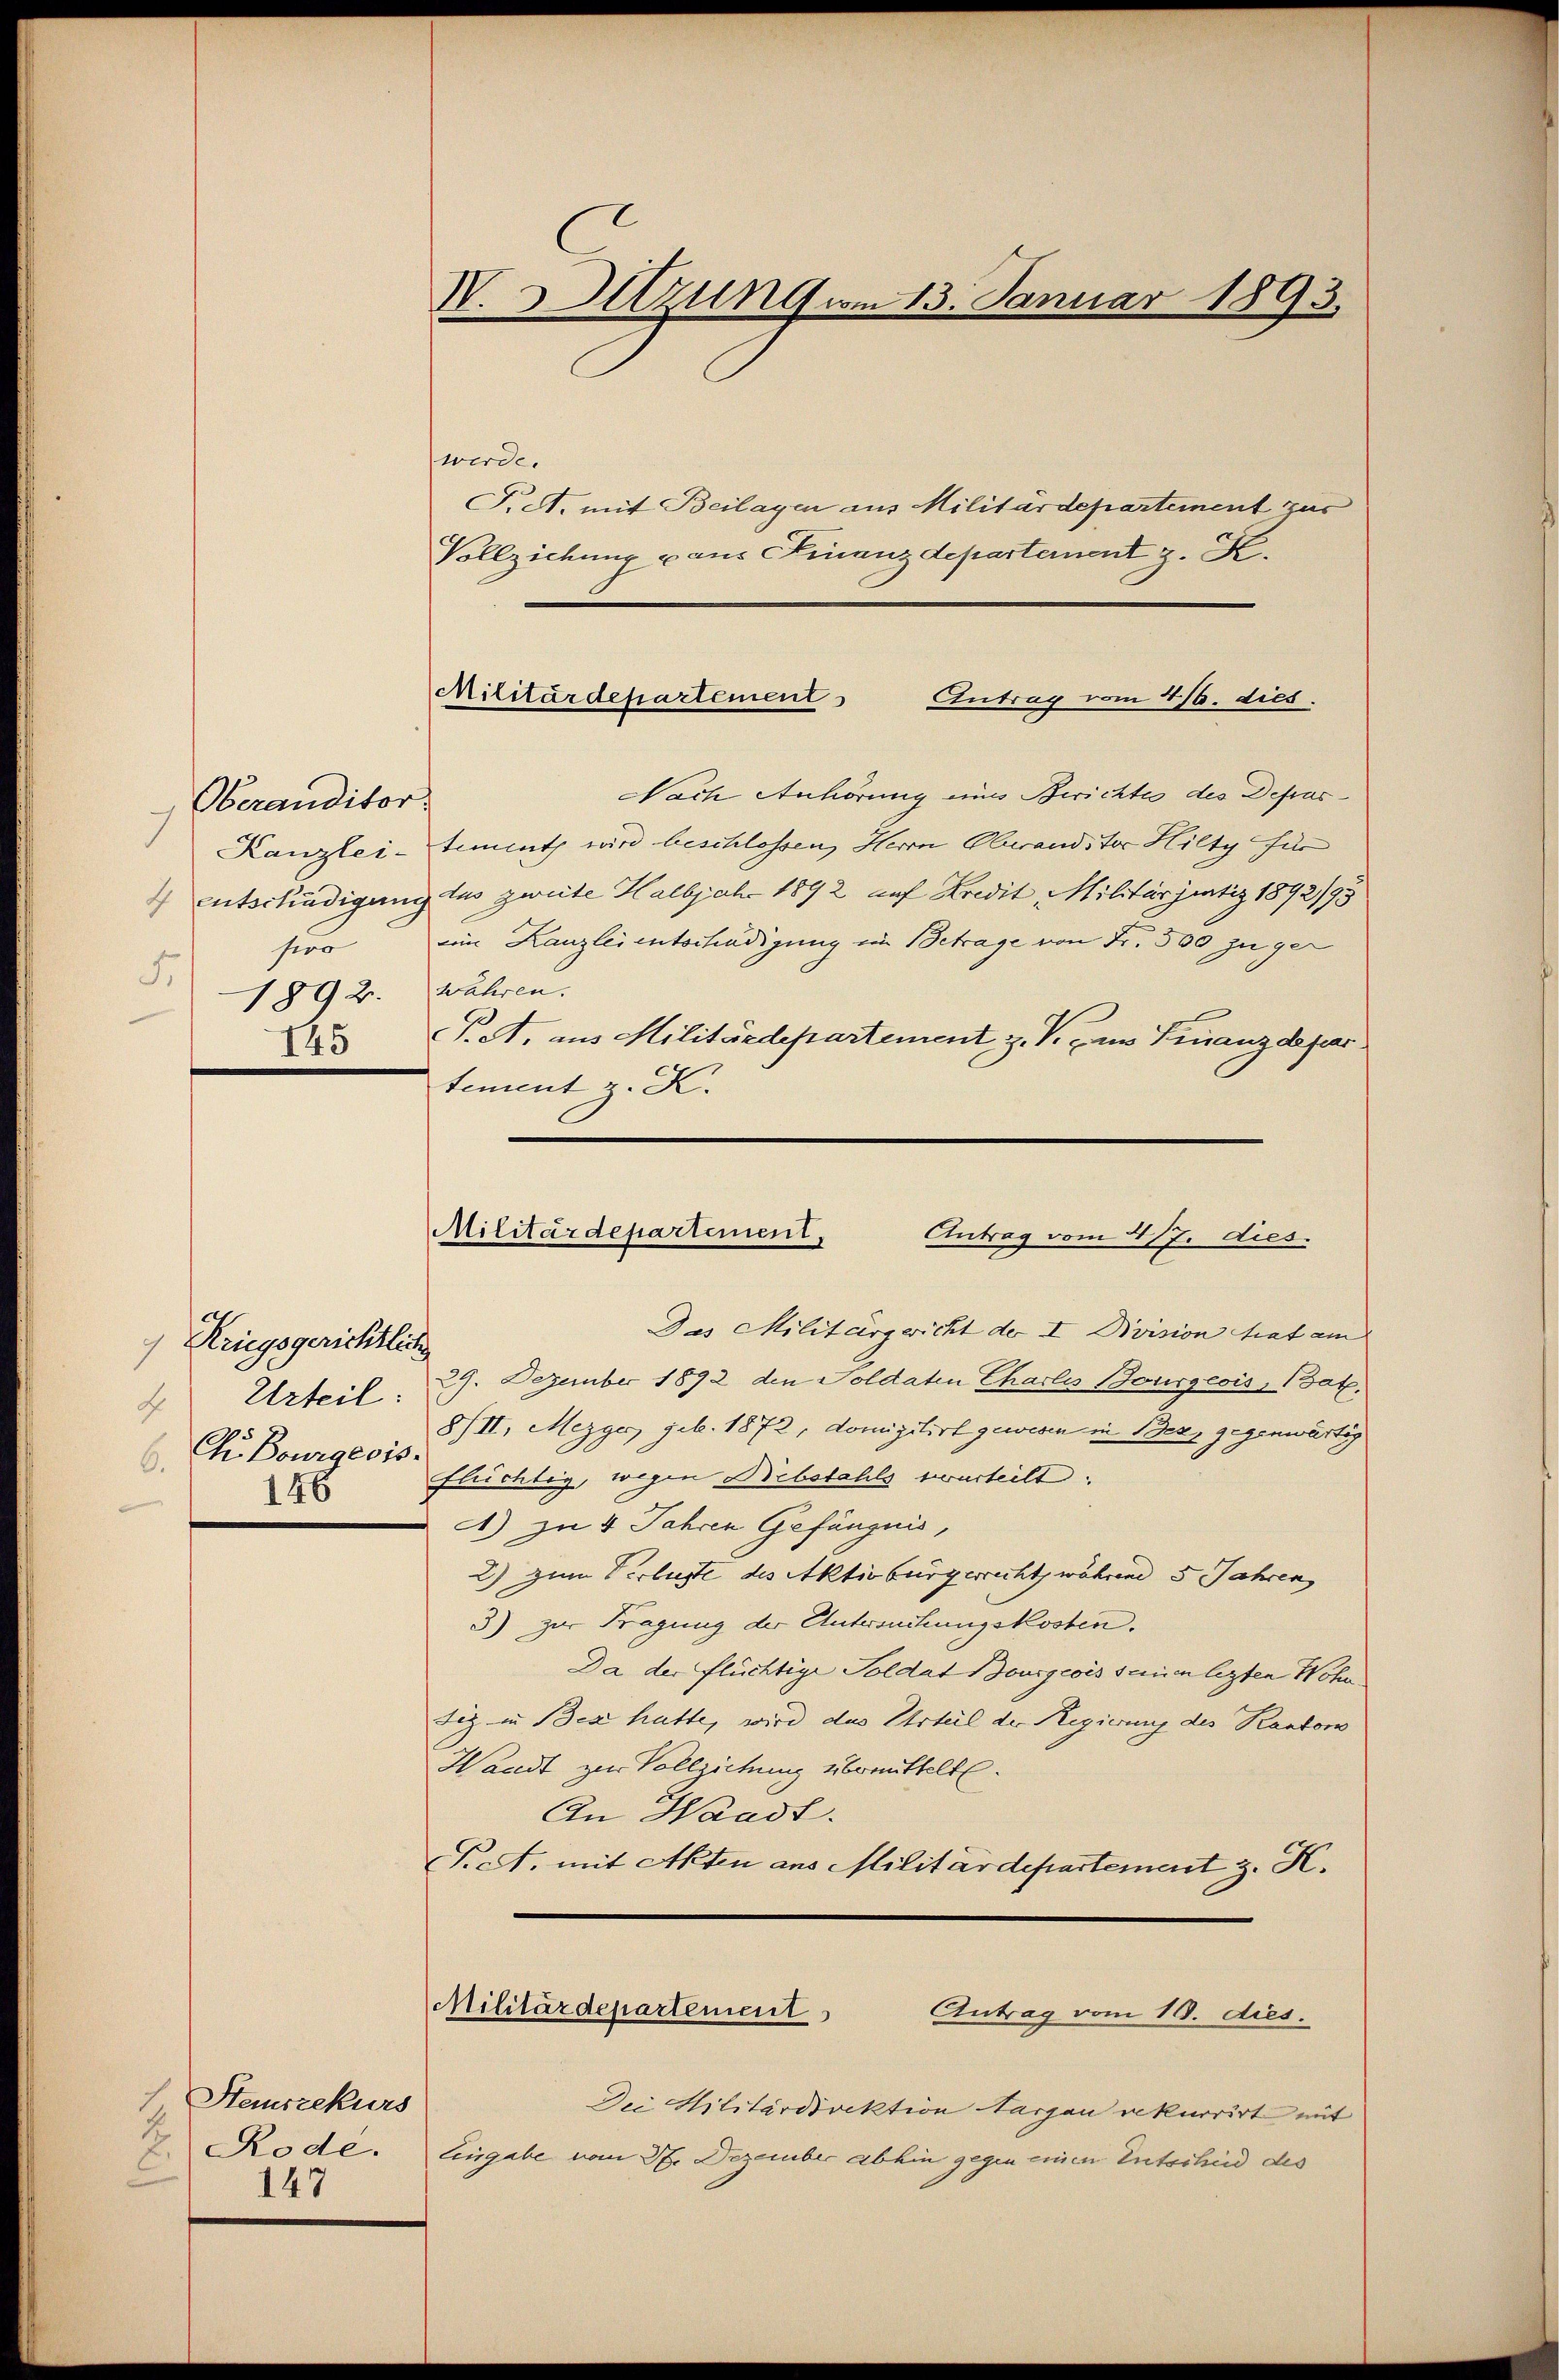
Oberauditor
hur
4
1892.
145

Kriegsgerichtlich
Urteil:
A
Chr. Bourgeois.
6.
146

7
Stauszekurs
147

V. Sitzung vom 13. Januar 1893.

werde.
iet. mit Beilagen aus Militärdepartement zur
Vollziehung u aus Finanzdepartement z. K.
Nach Anhörung an Berichtes des Depras¬
Kanzlei-Siment wird beschlossen, Herrn Oberandster Hilty für
4 entschädigung aus zweite Halbjahr 1892 auf Kredit, Militär justiz 1892/93
ein Kanzlei entschädigung im Betrage von Fr. 500 zu ger
Wahren.
F. A. aus Militärdepartement z. V. aus Finanzdepar
tement z. K.

Militärdepartement
Antrag vom 476. dies

Militärdepartement, Antrag vom 417. dies.

Das Militärgericht der I Division hat am
29. Dezember 1892 den Soldaten Charlis Bourgeois, Bat.
8/II. Mezger, geb. 1872, domizilirt gewesen in Benz gegenwärtig
flüchtig, wegen Bebstahls verurteilt.
A) zu 4 Jahren Gefängnis,
2) zum Verluste des Aktivbürgerrecht, während 5 Jahren
3) zur Fragung der Untersuchungskosten.
Da der flüchtige Soldat Bourgeois sainen lezten Wohn
fig in Bex hatte, wird das Urteil der Regierung des Kanton
Waadt zur Vollziehung übermittelt.
An Waadt.
Ficht, mit Akten aus Militärdepartement z. K.
Militärdepartement
Antrag vom 10. dies.
Dei Militärdirektion argau rekurrirt mit
2. Rode. Eingabe vom 27. Dezember abhin gegen einen Entscheid des